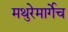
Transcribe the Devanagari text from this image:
मथुरेमार्गेच